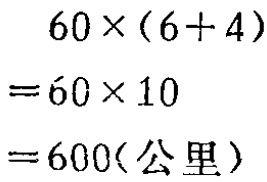
\[

\begin{align*}

&60\times(6 + 4)\\

=&60\times10\\

=&600(\text{公里})

\end{align*}

\]